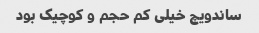
ساندویچ خیلی کم حجم و کوچیک بود